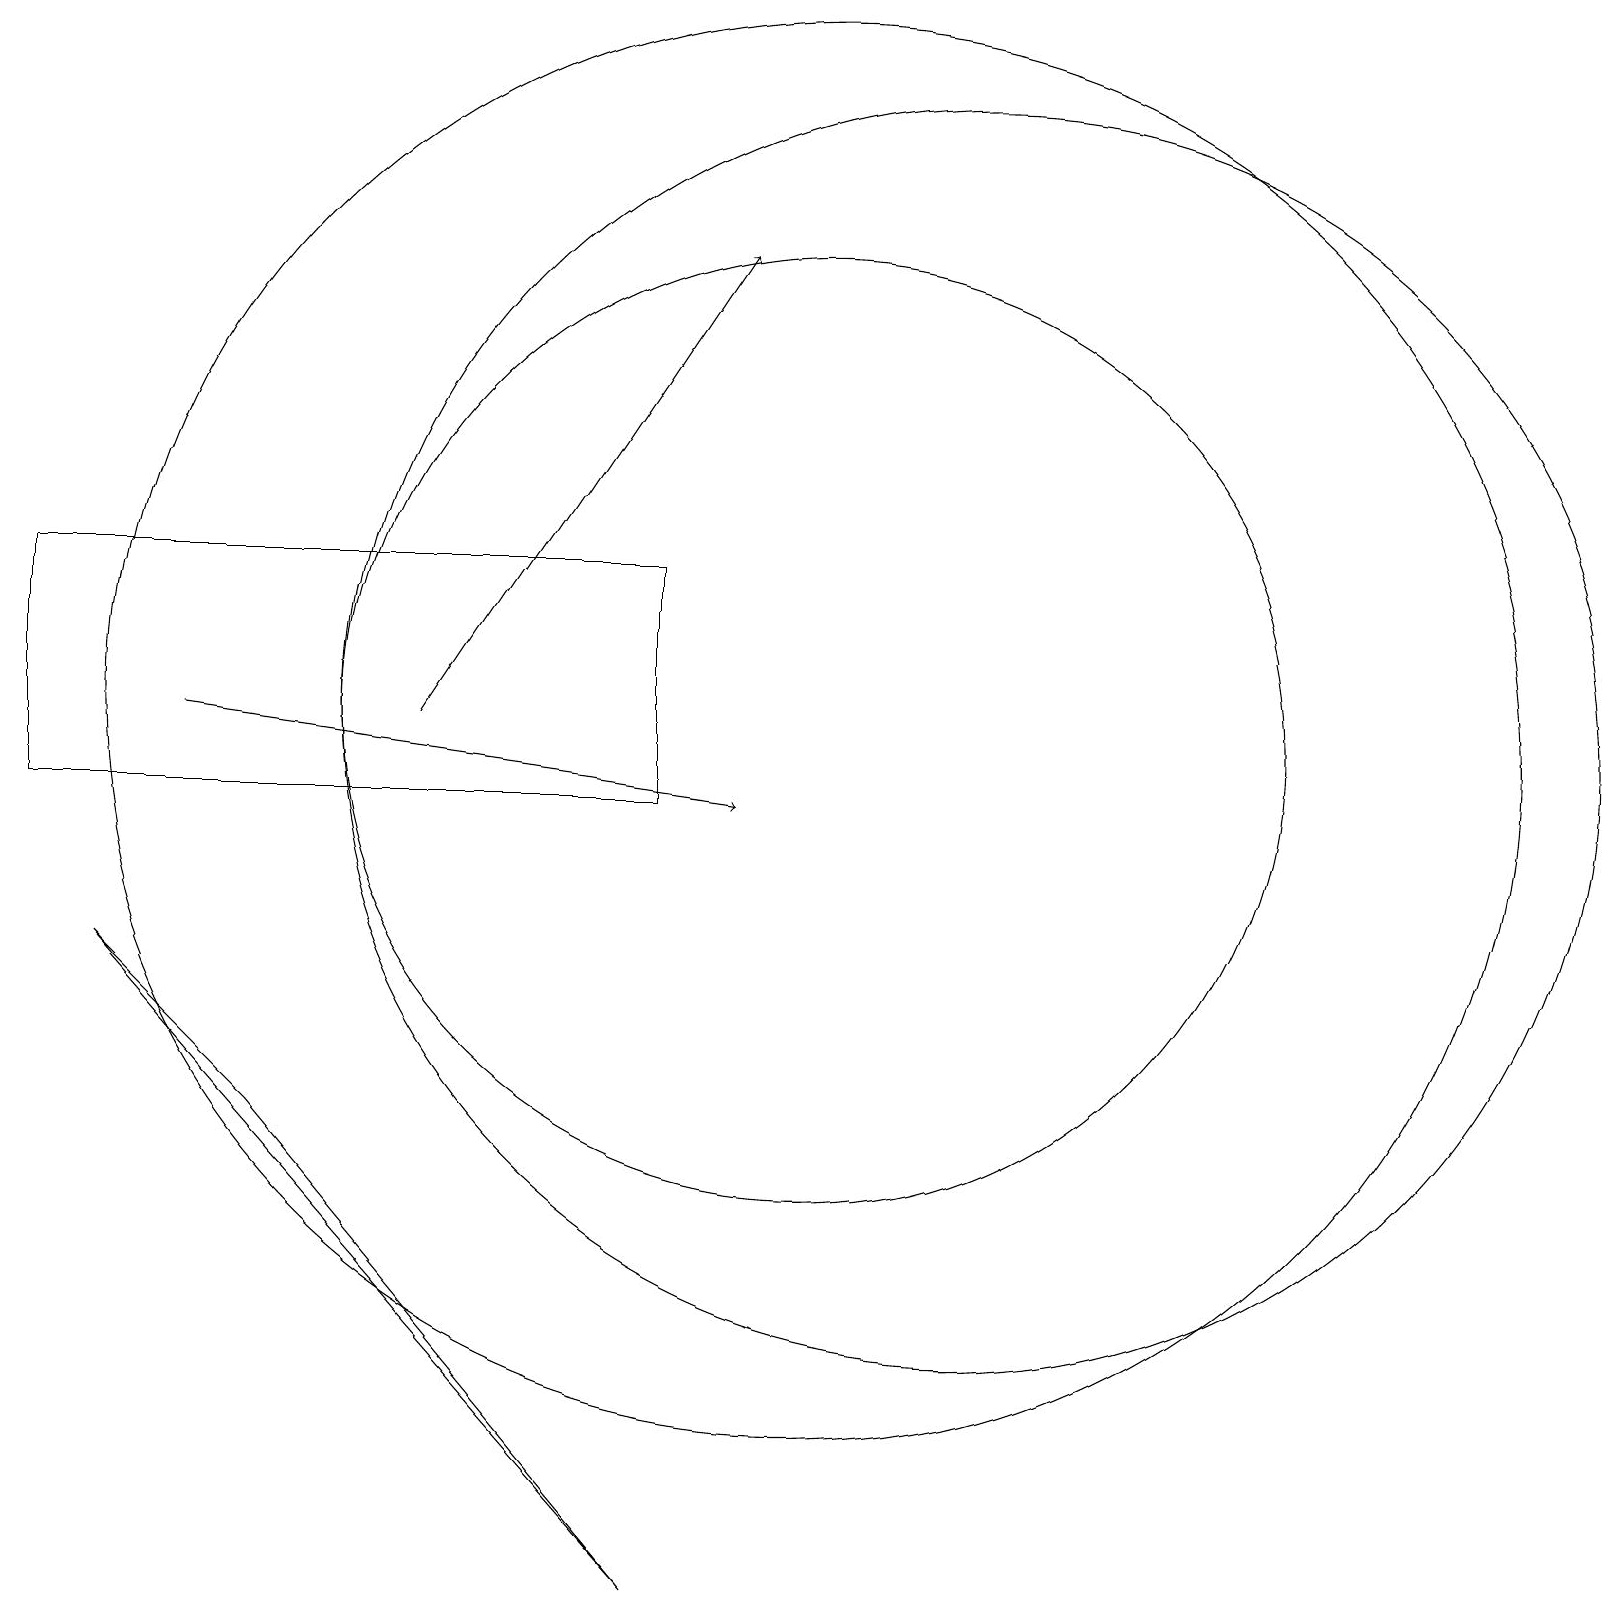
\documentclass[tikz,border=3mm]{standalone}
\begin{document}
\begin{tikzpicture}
\draw (8,0) -- (3,6) -- (1,8) -- cycle;
\draw (10,11) circle (9);
\draw (12,11) circle (8);
\draw[->] (5,11) -- (9,17);
\draw (10,11) circle (6);
\draw (0,10) rectangle (8,13);
\draw[->] (2,11) -- (9,10);
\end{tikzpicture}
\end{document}